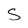
Character: s